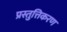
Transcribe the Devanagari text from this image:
प्रस्तुत्तिकरण